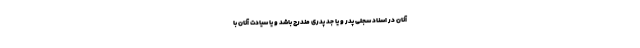
آنان در اسناد سجلی پدر و یا جد پدری مندرج باشد و یا سیادت آنان با